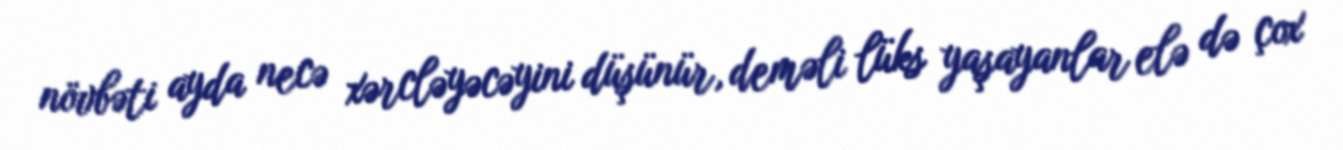
növbəti ayda necə xərcləyəcəyini düşünür, deməli lüks yaşayanlar elə də çox